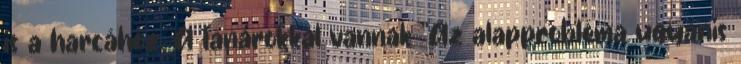
is a harcához. A tanárokkal vannak "Az alapprobléma ugyanis